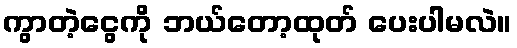
ကွာတဲ့ငွေကို ဘယ်တော့ထုတ် ပေးပါမလဲ။